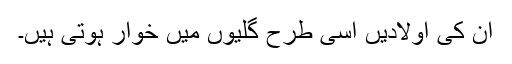
ان کی اولادیں اسی طرح گلیوں میں خوار ہوتی ہیں۔